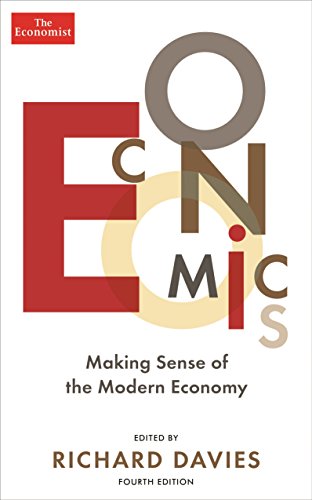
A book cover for Economics: Making sense of the modern economy; The Economist; Business & Money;